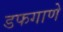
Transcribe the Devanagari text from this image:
डफगाणे